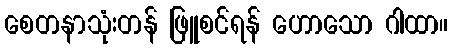
စေတနာသုံးတန် ဖြူစင်ရန် ဟောသော ဂါထာ။